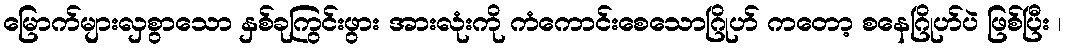
မြောက်များလှစွာသော နှစ်ခုကြွင်းဖွား အားလုံးကို ကံကောင်းစေသောဂြိုဟ် ကတော့ စနေဂြိုဟ်ပဲ ဖြစ်ပြီး ၊